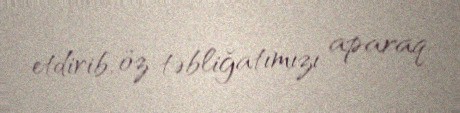
etdirib, öz təbliğatımızı aparaq.